Report on sanitation, dispensaries, and jails in Rajputana for 1911, and on vaccination for the year 1911-1912 - 1911-1912
Year: 1911
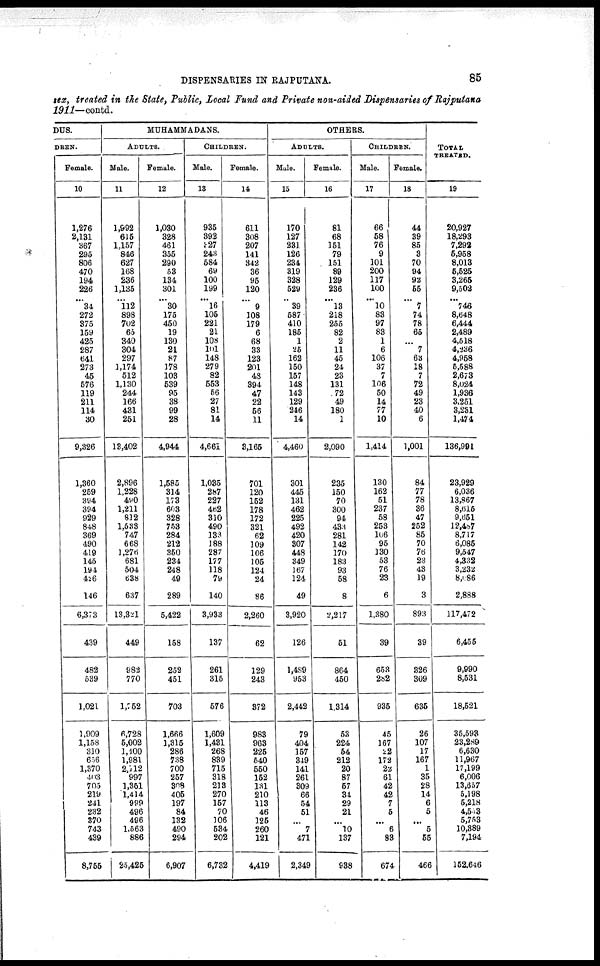
DISPENSARIES IN RAJPUTANA.
85
sex, treated in the State, Public, Local Fund and Private non-aided Dispensaries of Rajputana
1911—contd.
DUS.
DREN.
Female.
10
1,276
2,131
367
295
806
470
194
226
...
34
272
375
159
425
287
641
273
45
576
119
211
114
30
9,326
1,360
259
394
394
929
848
369
490
419
145
194
426
146
6,373
439
482
539
1,021
1,909
1,158
310
656
1,370
403
705
219
241
232
370
743
439
8,755
MUHAMMADANS.
ADULTS.
Male.
11
1,992
615
1,157
846
627
168
236
1,135
... 112
898
702
65
340
304
297
1,174
512
1,130
244
166
431
251
13,402
2,896
1,228
490
1,211
812
1,533
747
668
1,276
681
504
638
637
13,321
449
982
770
1,752
6,728
5,002
1,100
1,981
2,112
997
1,351
1,414
999
496
496
1,563
886
25,425
Female.
12
1,030
328
461
355
290
53
134
301
...
30
175
450
19
130
21
87
178
103
539
95
38
99
28
4,944
1,585
314
173
603
328
753
284
212
350
234
248
49
289
5,422
158
252
451
703
1,666
1,315
286
738
700
257
308
405
197
84
132
490
294
6,907
CHILDREN.
Male.
13
935
392
327
243
584
69
100
199
...
16
105
221
21
108
101
148
279
82
553
56
27
81
14
4,661
1,035
287
227
462
310
490
133
188
287
177
118
79
140
3,933
137
261
315
576
1,609
1,431
268
839
715
318
213
270
157
70
106
534
202
6,732
Female.
14
611
308
207
141
342
36
95
120
...
9
108
179
6
68
33
123
201
48
394
47
22
56
11
3,165
701
120
152
178
172
321
62
109
106
105
124
24
86
2,260
62
129
243
372
983
963
225
540
550
152
131
210
113
46
125
260
121
4,419
OTHERS.
ADULTS.
Male.
15
170
127
231
126
234
319
328
529
...
39
587
410
185
1
25
162
150
157
148
143
129
246
14
4,460
301
445
131
462
225
492
420
307
448
349
167
124
49
3,920
126
1,489
953
2,442
79
404
157
319
141
261
309
66
54
51
...
7
471
2,349
Female.
16
81
68
151
79
151
89
129
236
...
13
218
255
82
2
11
45
24
23
131
72
49
180
1
2,090
235
150
70
300
94
433
281
142
170
183
93
58
8
2,217
51
864
450
1,314
53
224
54
212
20
87
57
34
29
21
...
10
137
938
CHILDREN.
Male.
17
66
58
76
9
101
200
117
100
...
10
83
97
83
1
6
106
37
7
106
50
14
77
10
1,414
130
162
51
237
58
253
106
95
130
53
76
23
6
1,380
39
653
282
935
45
167
22
172
22
61
42
42
7
5
...
6
83
674
Female.
18
44
39
85
3
70
94
92
55
...
7
74
78
65
...
7
63
18
7
72
49
23
40
6
1,001
84
77
78
36
47
252
85
70
76
23
43
19
3
893
39
326
309
635
26
107
17
167
1
35
28
14
6
5
...
5
55
466
TOTAL
TREATED.
19
20,927
18,293
7,292
5,958
8,013
5,525
3,265
9,502
...
746
8,648
6,444
2,489
4,518
4,236
4,958
5,588
2,673
8,024
1,936
3,251
3,231
1,474
136,991
23,929
6,036
13,867
8,615
9,651
12,487
8,717
6,085
9,547
4,332
3,232
8,086
2,888
117,472
6,455
9,990
8,531
18,521
35,593
23,289
6,630
11,967
17,199
6,006
13,657
5,198
5,218
4,533
5,753
10,389
7,194
152,646